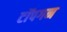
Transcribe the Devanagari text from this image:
टॉपगन